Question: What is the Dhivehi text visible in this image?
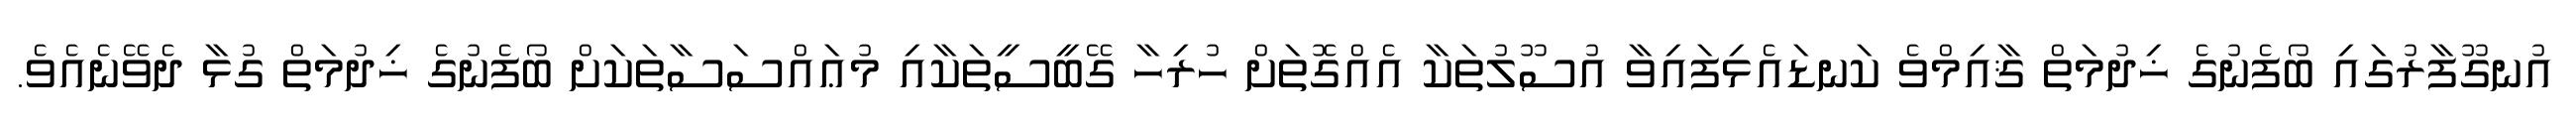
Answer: އުނގޫފާރުގައި ބޯފެނުގެ ޚިދުމަތް ޤާއިމްވެ ކަނޑައެޅިފައިވާ އުސޫލުތަކާ އެއްގޮތަށް ހުރިހާ ގޭބީސީތަކާއި މުޢައްސަސާތަކަށް ބޯފެނުގެ ޚިދުމަތް ގުޅާ ދެވޭނެއެވެ.